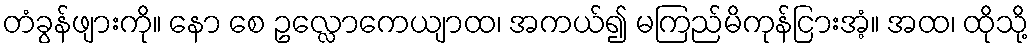
တံခွန်ဖျားကို။ နော စေ ဥလ္လောကေယျာထ၊ အကယ်၍ မကြည်မိကုန်ငြားအံ့။ အထ၊ ထိုသို့